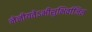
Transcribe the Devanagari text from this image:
नेनीयतेऽभीशुभिर्वाजिन